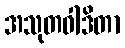
အသုတဝါဒိတာ